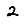
Digit: 2